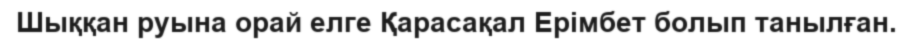
Шыққан руына орай елге Қарасақал Ерімбет болып танылған.